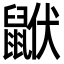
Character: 𪕟